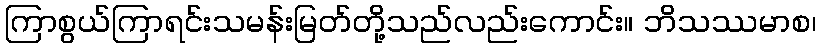
ကြာစွယ်ကြာရင်းသမန်းမြတ်တို့သည်လည်းကောင်း။ ဘိသဿမာစ၊